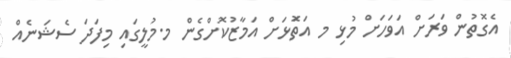
އެގޮތުން ވަރަށް އަވަހަށް މުޅި މ އަތޮަޅަށް އަމާޒުކޮށްގެން މ.މުލީގައި މިފަދަ ސެޝަނެއް